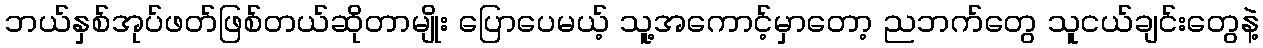
ဘယ်နှစ်အုပ်ဖတ်ဖြစ်တယ်ဆိုတာမျိုး ပြောပေမယ့် သူ့အကောင့်မှာတော့ ညဘက်တွေ သူငယ်ချင်းတွေနဲ့